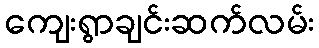
ကျေးရွာချင်းဆက်လမ်း